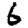
Digit: 6